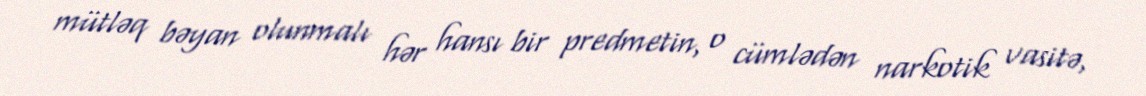
mütləq bəyan olunmalı hər hansı bir predmetin, o cümlədən narkotik vasitə,